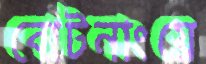
বোটনাংয়ে